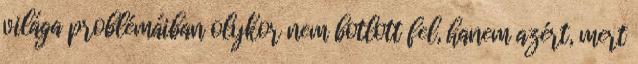
világa problémáiban olykor nem botlott fel, hanem azért, mert